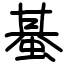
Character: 蜝